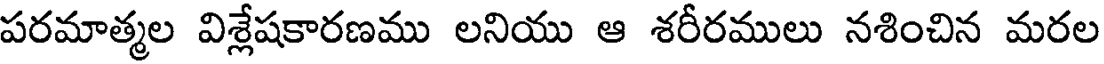
పరమాత్మల విశ్లేషకారణము లనియు ఆ శరీరములు నశించిన మరల